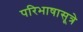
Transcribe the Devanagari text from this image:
परिभाषासूत्रे